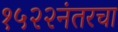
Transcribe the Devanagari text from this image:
१५२२नंतरचा